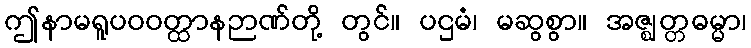
ဤနာမရူပဝဝတ္ထာနဉာဏ်တို့ တွင်။ ပဌမံ၊ မဆွစွာ။ အဇ္ဈတ္တဓမ္မာ၊